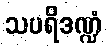
သပရိဒဏ္ဍံ